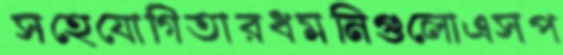
সহেযোগিতারধমনিগুলোএসপ